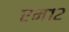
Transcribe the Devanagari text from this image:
एम१२